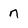
Character: n